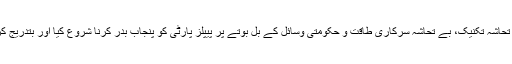
ضیاء الحق کی سفاک ترین آمریت اور پھر اس کی لیگیسی نے بے تحاشہ پیسہ، بے تحاشہ دھاندلی، بے تحاشہ تکنیک، بے تحاشہ سرکاری طاقت و حکومتی وسائل کے بل بوتے پر پیپلز پارٹی کو پنجاب بدر کرنا شروع کیا اور بتدریج کرتے چلے گئے جس کی معمولی ترین مثال اسلامی جمہوری اتحاد المعروف آئی جے آئی کی تشکیل ہے۔